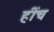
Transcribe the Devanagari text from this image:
हींच